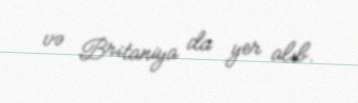
və Britaniya da yer alıb.